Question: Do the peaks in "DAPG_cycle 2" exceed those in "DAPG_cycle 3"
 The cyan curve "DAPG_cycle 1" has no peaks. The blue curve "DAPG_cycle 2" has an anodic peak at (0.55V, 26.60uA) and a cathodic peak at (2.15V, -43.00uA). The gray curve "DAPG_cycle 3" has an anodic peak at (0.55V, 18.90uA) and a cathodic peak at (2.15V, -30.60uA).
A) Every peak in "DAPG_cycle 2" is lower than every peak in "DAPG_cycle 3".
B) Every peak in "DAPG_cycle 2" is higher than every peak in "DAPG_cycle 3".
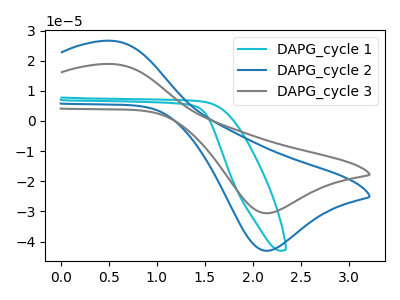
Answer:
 <answer>B) Every peak in "DAPG_cycle 2" is higher than every peak in "DAPG_cycle 3".</answer>
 <eval>B</eval>